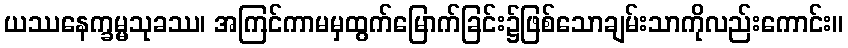
ယဿနေက္ခမ္မသုခဿ၊ အကြင်ကာမမှထွက်မြောက်ခြင်း၌ဖြစ်သောချမ်းသာကိုလည်းကောင်း။